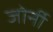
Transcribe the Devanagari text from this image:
जोर्नी